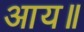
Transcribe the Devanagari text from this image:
आय॥